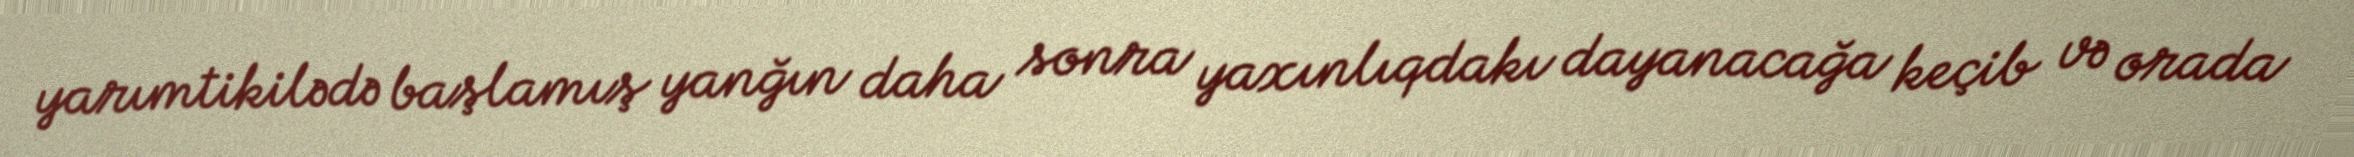
yarımtikilədə başlamış yanğın daha sonra yaxınlıqdakı dayanacağa keçib və orada